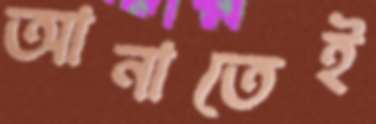
আনাতেই